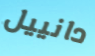
دانييل